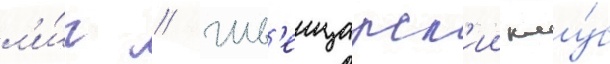
л'и́г // Шв'еицарск'ии клу́б